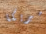
أميريكا